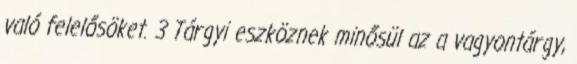
való felelősöket. 3 Tárgyi eszköznek minősül az a vagyontárgy,